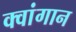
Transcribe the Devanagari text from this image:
क्वांगान